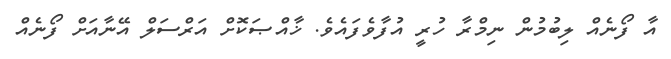
އާ ފޯނެއް ލިބުމުން ނިމްރާ ހުރީ އުފާވެފައެވެ. ޚާއްޞަކޮށް އަރްސަލް އޭނާއަށް ފޯނެއް